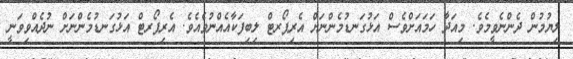
ލިޔުމުން ދެންނެވީމެވެ. މިއަދާ ހަމައަށްވެސް އަޅުގަނޑުމެންނަށް އެރިޕޯރޓް ލިބިފަކާއެއްނުވެއެވެ. އެރިޕޯރޓް އަޅުގަނޑުމެންނަށް ނުދެއްވިވަނީ